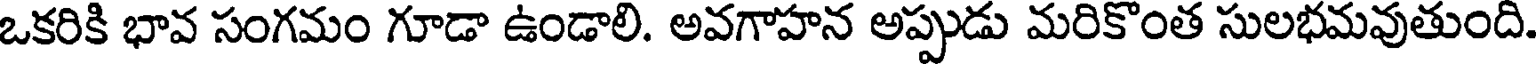
ఒకరికి భావ సంగమం గూడా ఉండాలి. అవగాహన అప్పుడు మరికొంత సులభమవుతుంది.